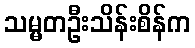
သမ္မတဦးသိန်းစိန်က